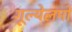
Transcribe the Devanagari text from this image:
गूल्येलमो